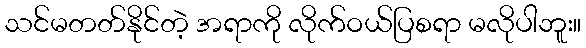
သင်မတတ်နိုင်တဲ့ အရာကို လိုက်ဝယ်ပြစရာ မလိုပါဘူး။